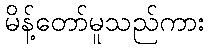
မိန့်တော်မူသည်ကား